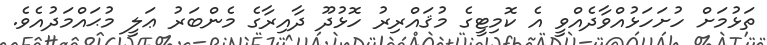
ތަޅުމަށް ހުށަހަޅުއްވާދެއްވީ އެ ކޮމިޓީގެ މުޤައްރިރު ހޮޅުދޫ ދާއިރާގެ މެންބަރު ޢަލީ މުޙައްމަދުއެވެ.